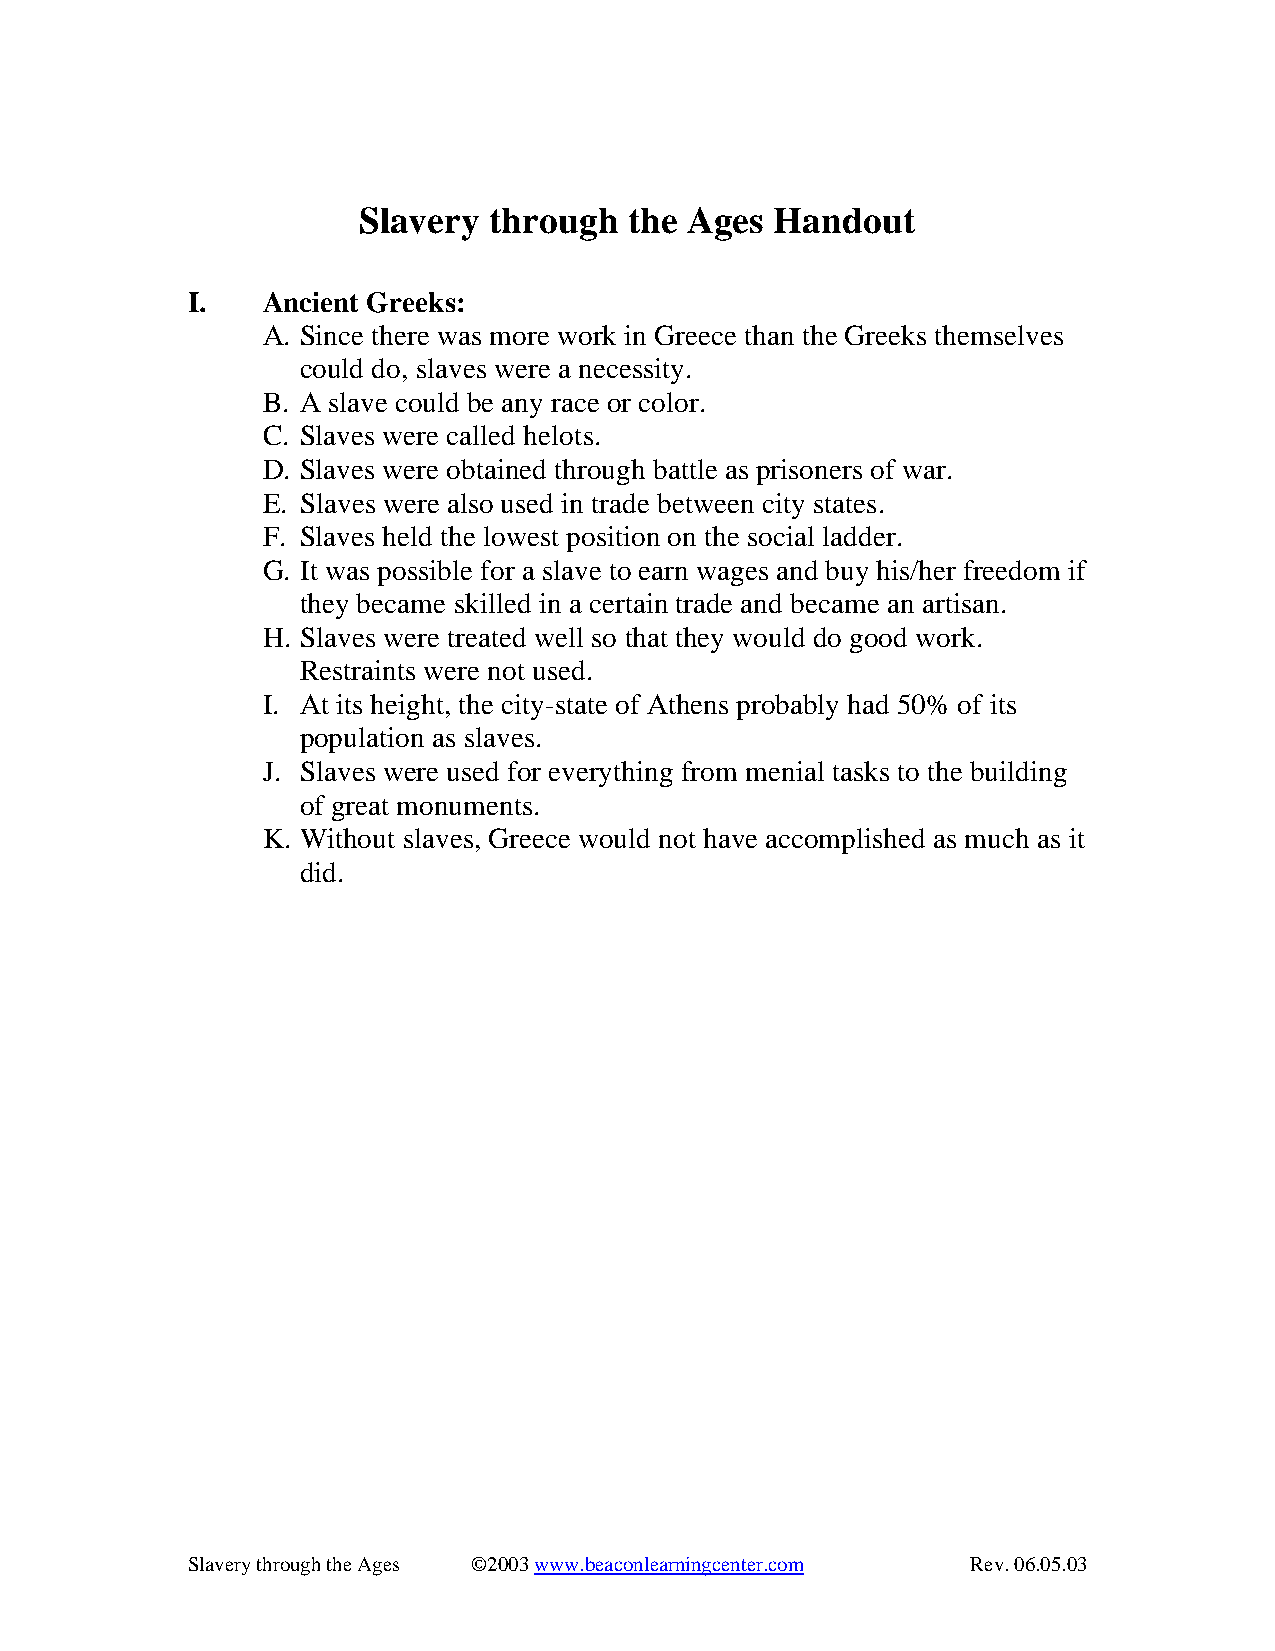
Slavery through   the Ages Handout
 I.   Ancient Greeks:
 A. Since there was more work in Greece than the Greeks themselves
 could do, slaves were a necessity.
 B. A slave could be any race or color.
 C. Slaves were called helots.
 D. Slaves were obtained through battle as prisoners of war.
 E. Slaves were also used in trade between city states.
 F. Slaves held the lowest position on the social ladder.
 G. It was possible for a slave to earn wages and buy his/her freedom if
 they became skilled in a certain trade and became an artisan.
 H. Slaves were treated well so that they would do good work.
 Restraints were not used.
 I. At its height, the city-state of Athens probably had 50% of its
 population as slaves.
 J. Slaves were used for everything from menial tasks to the building
 of great monuments.
 K. Without slaves, Greece would not have accomplished as much as it
 did.
 Slavery through the Ages ©2003 www.beaconlearningcenter.com Rev. 06.05.03